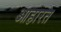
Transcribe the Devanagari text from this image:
आहारत